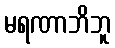
မရဏာဘိဘူ